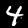
Digit: 4